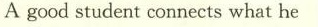
A good student connects what he